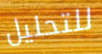
للتحليل